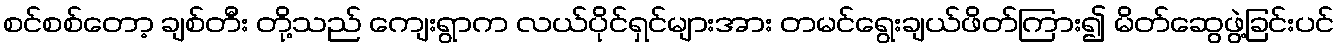
စင်စစ်တော့ ချစ်တီး တို့သည် ကျေးရွာက လယ်ပိုင်ရှင်များအား တမင်ရွေးချယ်ဖိတ်ကြား၍ မိတ်ဆွေဖွဲ့ခြင်းပင်